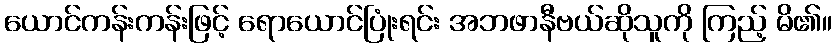
ယောင်ကန်းကန်းဖြင့် ရောယောင်ပြုံးရင်း အဘဖာနီဗယ်ဆိုသူကို ကြည့် မိ၏။